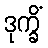
ဒုက္ခိံ